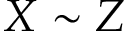
X \sim Z